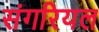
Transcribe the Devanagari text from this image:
संगरियल